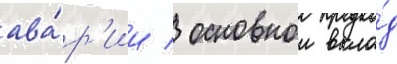
ава́р'ии / основнои вкла́д